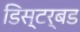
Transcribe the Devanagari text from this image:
डिस्टर्बड